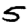
Digit: 5